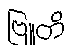
ဗြူတိ